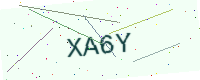
Text: XA6Y